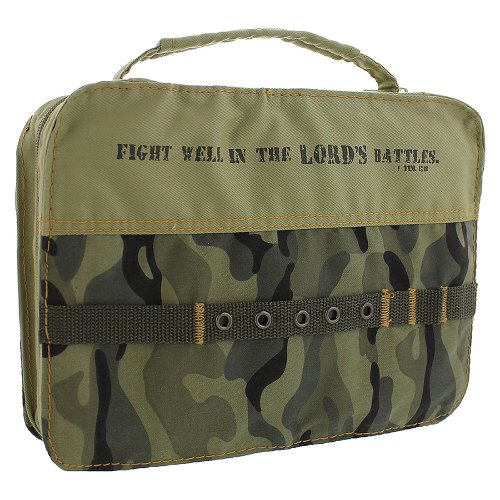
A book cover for Cotton Camouflage Silk-Screened Bible / Book Cover (Medium); Christian Books & Bibles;